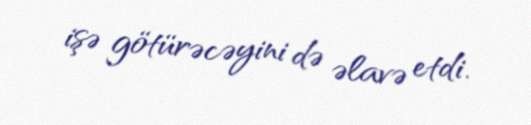
işə götürəcəyini də əlavə etdi.